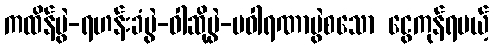
ကထိန်ပွဲ-ရဟန်းခံပွဲ-ဝါဆိုပွဲ-ပဝါရဏာပွဲစသော ငွေကုန်ရမယ့်